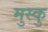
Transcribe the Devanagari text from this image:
मुस्कु